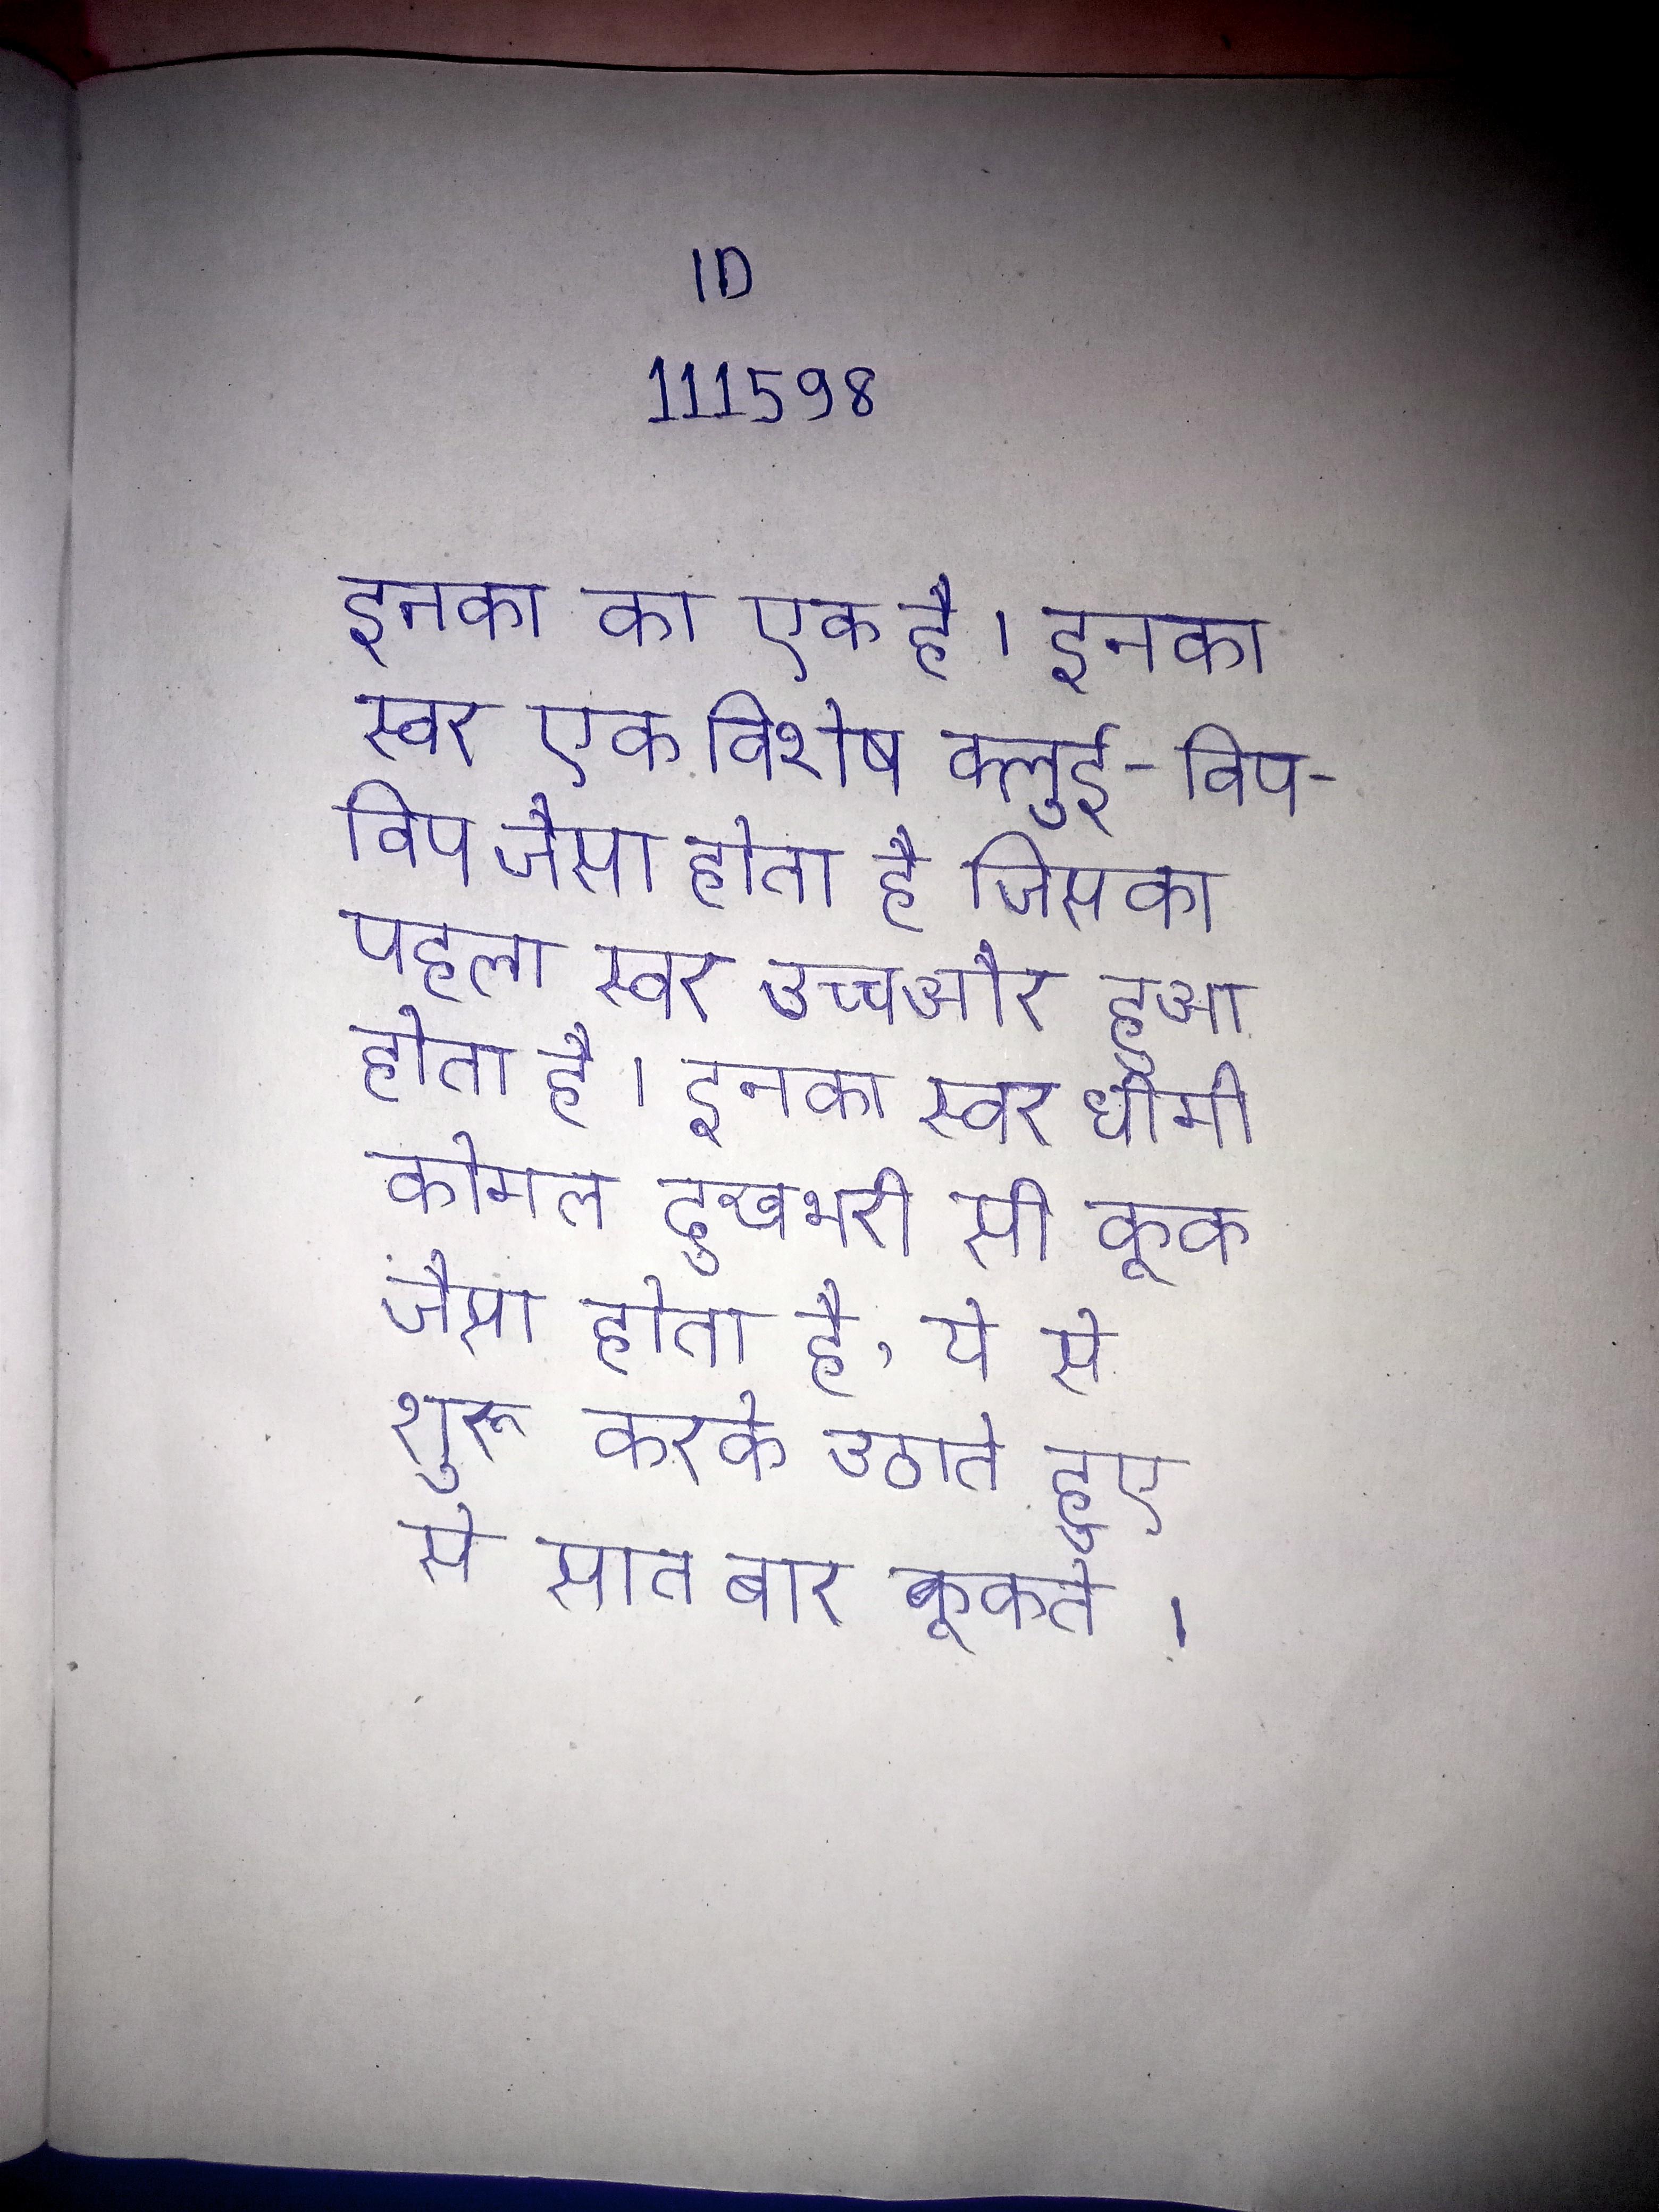
इनका का एक है । इनका स्वर एक विशेष क्लुई-विप-विप जैसा होता है जिसका पहला स्वर उच्च और हुआ होता है । इनका स्वर धीमी कोमल दुखभरी सी कूक जैसा होता है, ये से शुरू करके उठाते हुए से सात बार कूकते ।